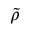
\tilde { \rho }